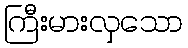
ကြီးမားလှသော